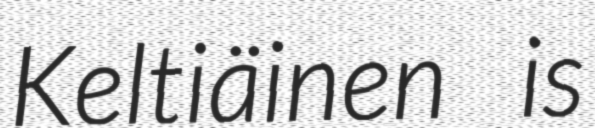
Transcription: Keltiäinen is